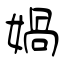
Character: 媧